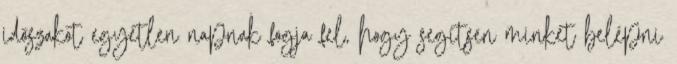
időszakot egyetlen napnak fogja fel, hogy segítsen minket belépni